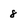
Character: 8